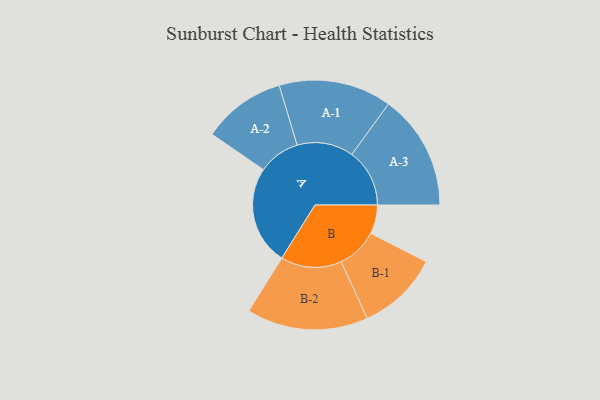
{"axis": {"x": "Segment", "y": "Value"}, "legend": ["", "A", "B"], "data": [{"x": "A", "y": 428, "type": ""}, {"x": "B", "y": 125, "type": ""}, {"x": "A-1", "y": 244, "type": "A"}, {"x": "A-2", "y": 180, "type": "A"}, {"x": "A-3", "y": 250, "type": "A"}, {"x": "B-1", "y": 177, "type": "B"}, {"x": "B-2", "y": 263, "type": "B"}]}